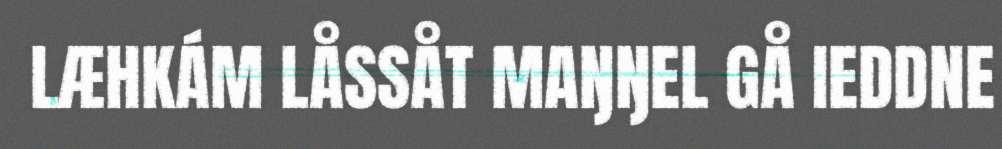
LÆHKÁM LÅSSÅT MAŊŊEL GÅ IEDDNE